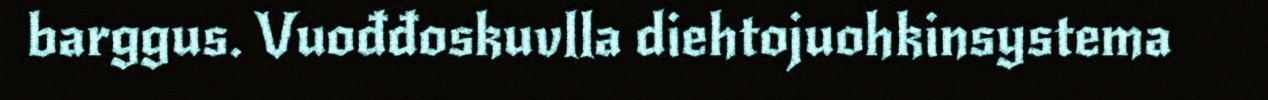
barggus. Vuođđoskuvlla diehtojuohkinsystema